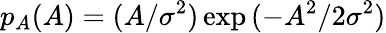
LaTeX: p_{A}(A)=(A/\sigma^{2})\exp{(-A^{2}/2\sigma^{2})}